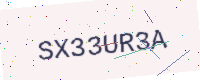
Text: SX33UR3A